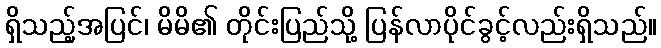
ရှိသည့်အပြင်၊ မိမိ၏ တိုင်းပြည်သို့ ပြန်လာပိုင်ခွင့်လည်းရှိသည်။